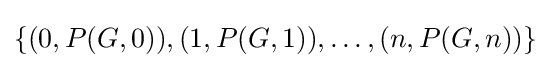
\left\{(0,P(G,0)),(1,P(G,1)),\ldots ,(n,P(G,n))\right\}